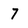
Character: 7